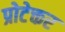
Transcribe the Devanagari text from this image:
प्रोटेक्तर